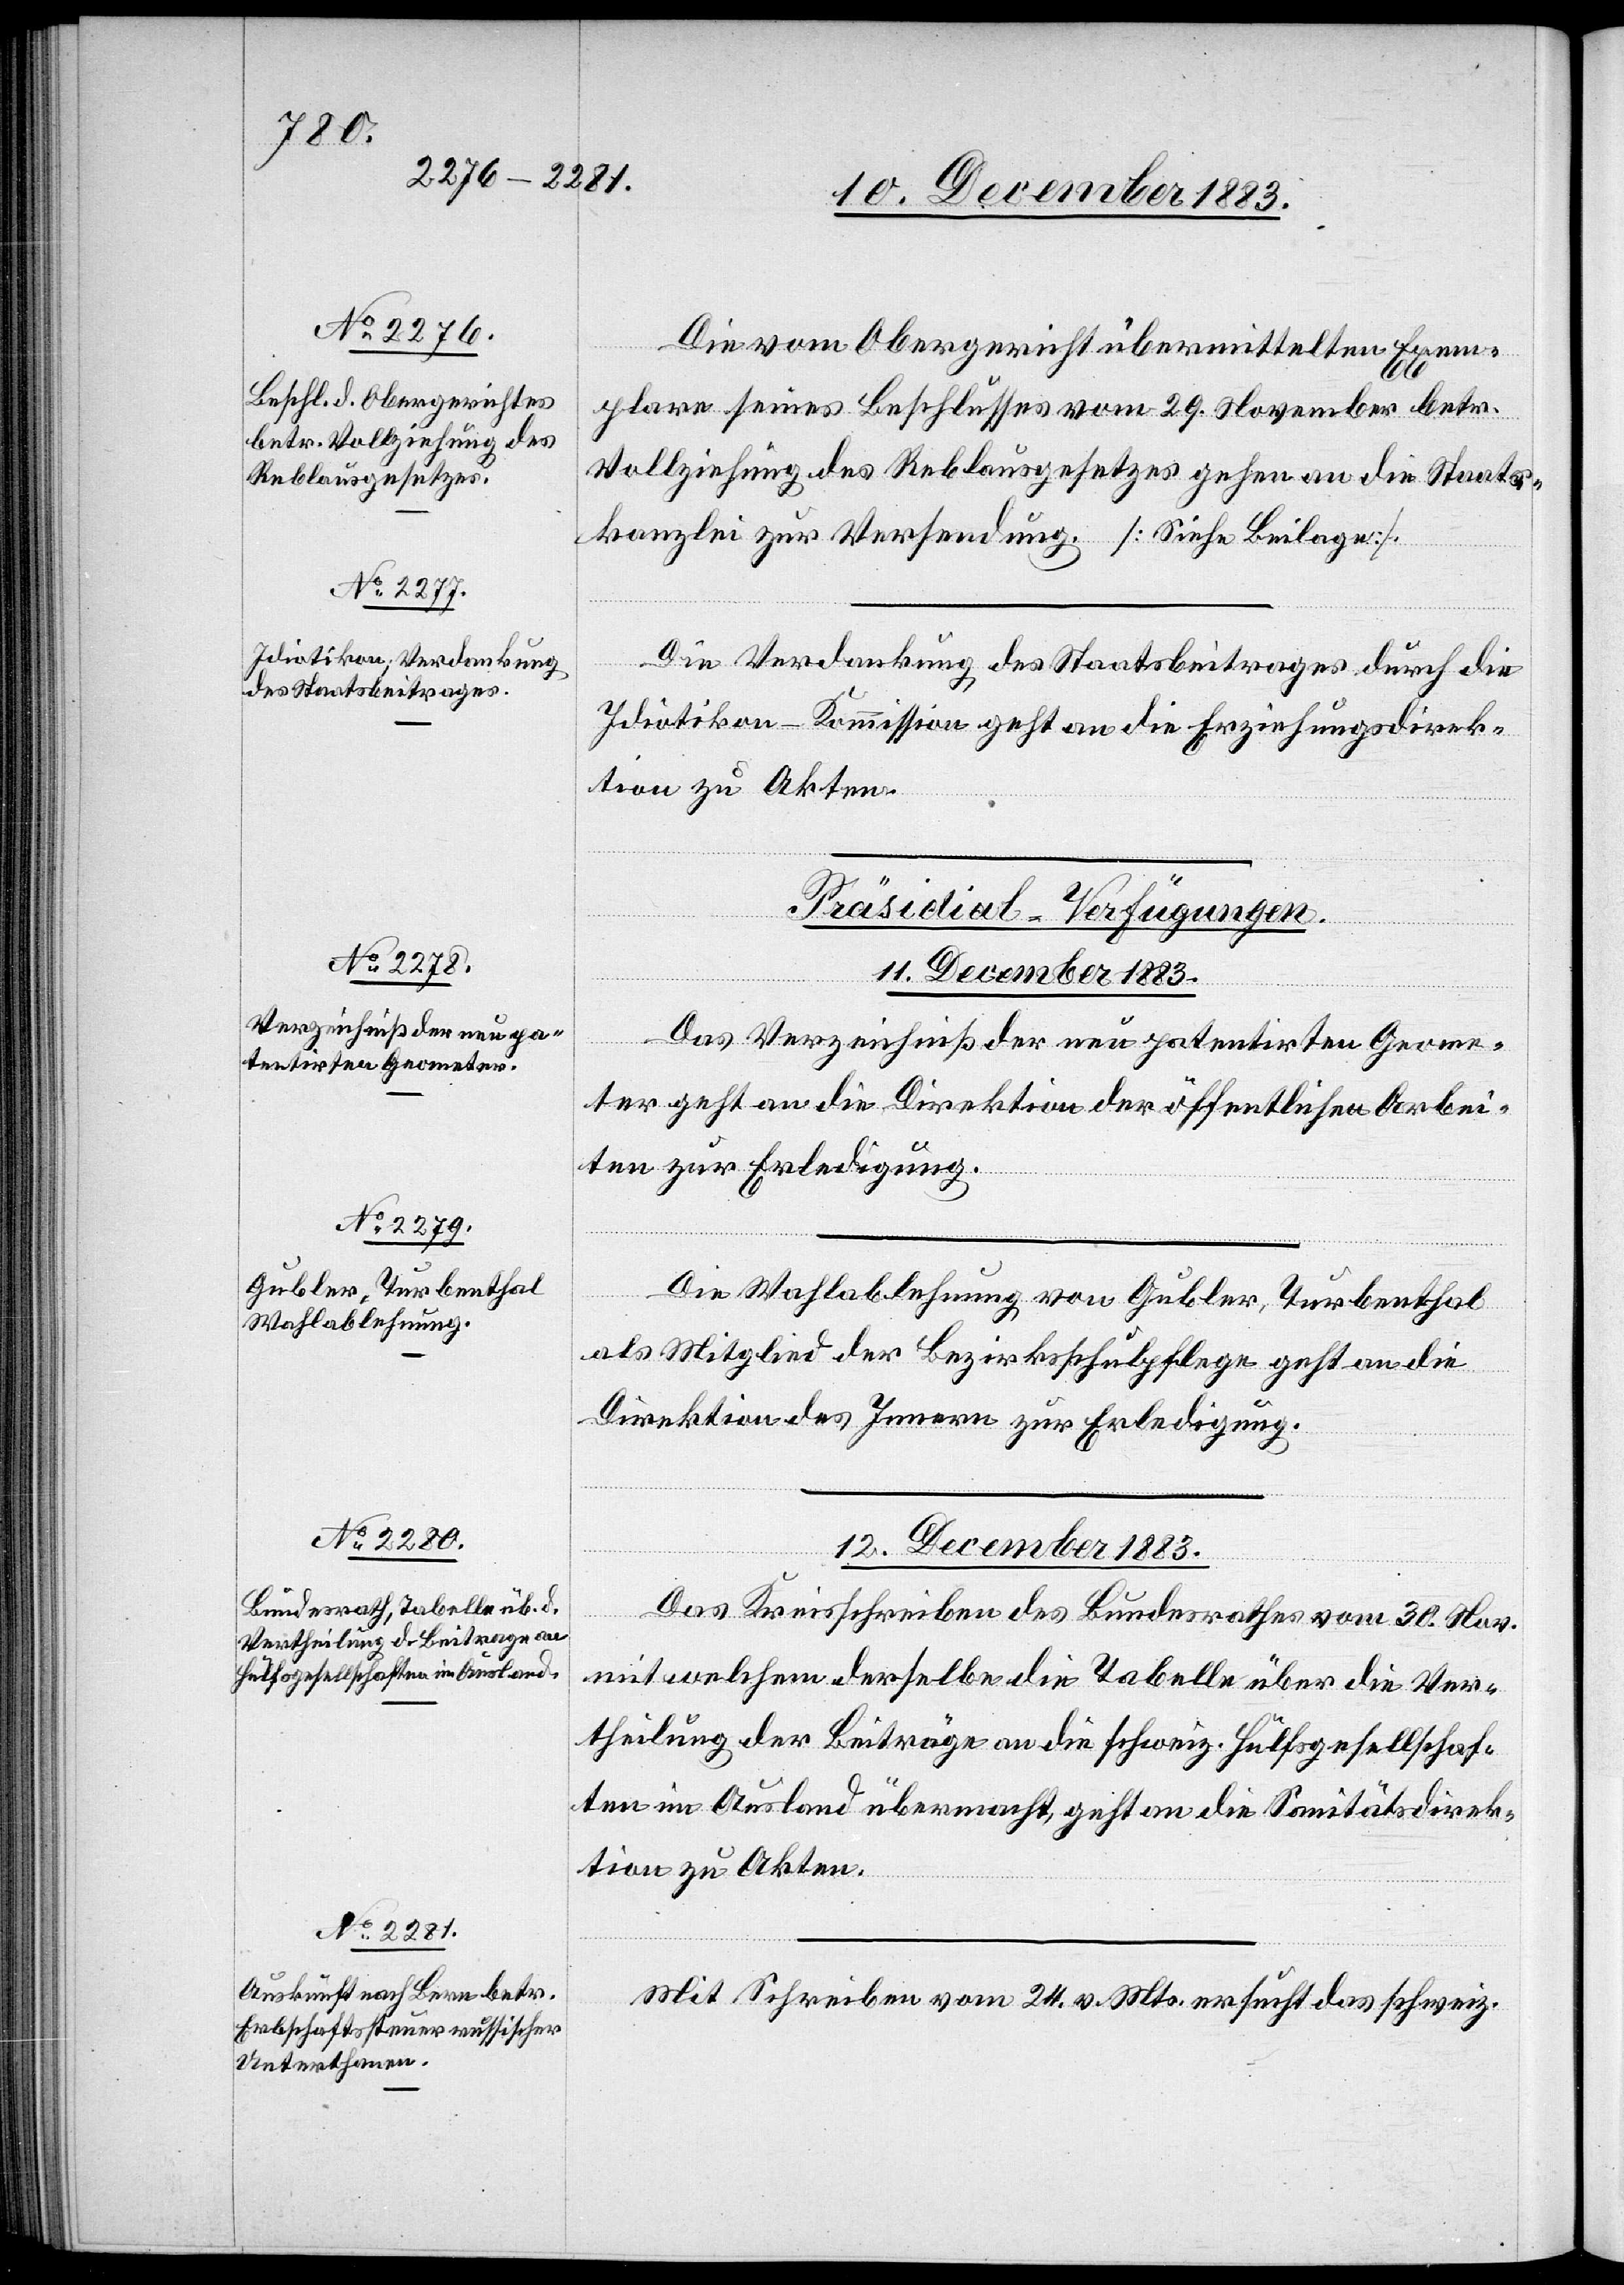
Die vom Obergericht übermittelten Exem¬
plare seines Beschlusses vom 29. November betr.
Vollziehung des Reblausgesetzes gehen an die Staats¬
kanzlei zur Versendung. [Siehe Beilage].
Die Verdankung des Staatsbeitrages durch die
Idiotikon-Kommission geht an die Erziehungsdirek¬
tion zu Akten.
[Präsidial-Verfügungen.
12. December 1883.]
Das Verzeichniß der neu patentirten Geome¬
ter geht an die Direktion der öffentlichen Arbei¬
ten zur Erledigung.
Die Wahlablehnung von Gubler, Turbenthal
als Mitglied der Bezirksschulpflege geht an die
Direktion des Innern zur Erledigung.
Das Kreisschreiben des Bundesrathes vom 30. Nov.
mit welchem derselbe die Tabelle über die Er¬
theilung der Beiträge an die schweiz. Hülfsgesellschaf¬
ten im Ausland übermacht, geht an die Sanitätsdirek¬
tion zu Akten.
Mit Schreiben vom 24. v. Mts. ersucht das schweiz.